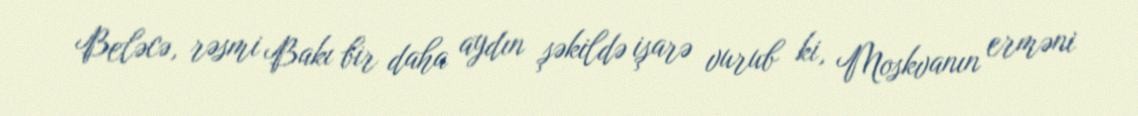
Beləcə, rəsmi Bakı bir daha aydın şəkildə işarə vurub ki, Moskvanın erməni